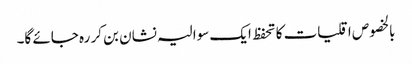
بالخصوص اقلیات کا تحفظ ایک سوالیہ نشان بن کر رہ جائے گا۔